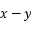
x - y